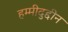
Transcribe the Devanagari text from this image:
हम्मीदुद्दीन